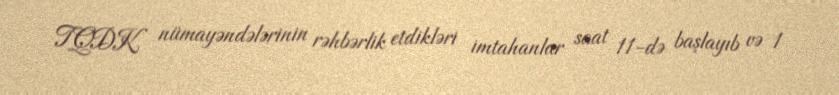
TQDK nümayəndələrinin rəhbərlik etdikləri imtahanlar saat 11-də başlayıb və 1